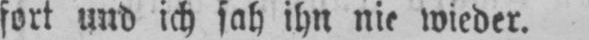
fort und ich sah ihn nie wieder.